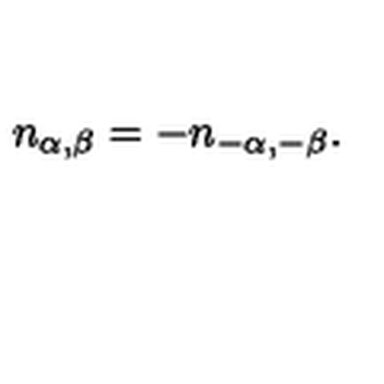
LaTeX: n _ { \alpha , \beta } = - n _ { - \alpha , - \beta } .